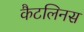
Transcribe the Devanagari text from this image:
कैटलिनस